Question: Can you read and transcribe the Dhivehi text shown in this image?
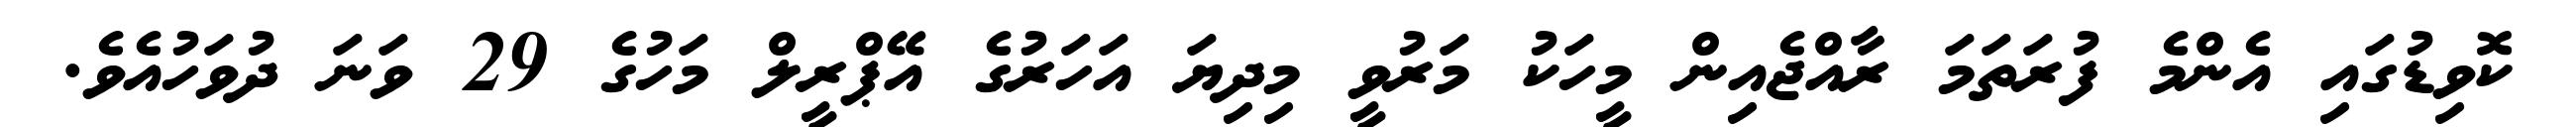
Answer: ކޮވިޑުގައި އެންމެ ފުރަތަމަ ރާއްޖެއިން މީހަކު މަރުވީ މިދިޔަ އަހަރުގެ އޭޕްރީލް މަހުގެ 29 ވަނަ ދުވަހުއެވެ.